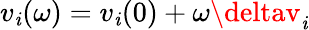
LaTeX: v_{\mathit{i}}(\omega)=v_{\mathit{i}}(0)+\omega\deltav_{\mathit{i}}